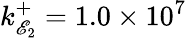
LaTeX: k_{\mathscr{E}_{2}}^{+}=1.0\times10^{7}